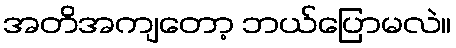
အတိအကျတော့ ဘယ်ပြောမလဲ။